Report on the working of the Ranchi Indian Mental Hospital, Kanke, in Bihar and Orissa - 1930-1940
Year: 1930
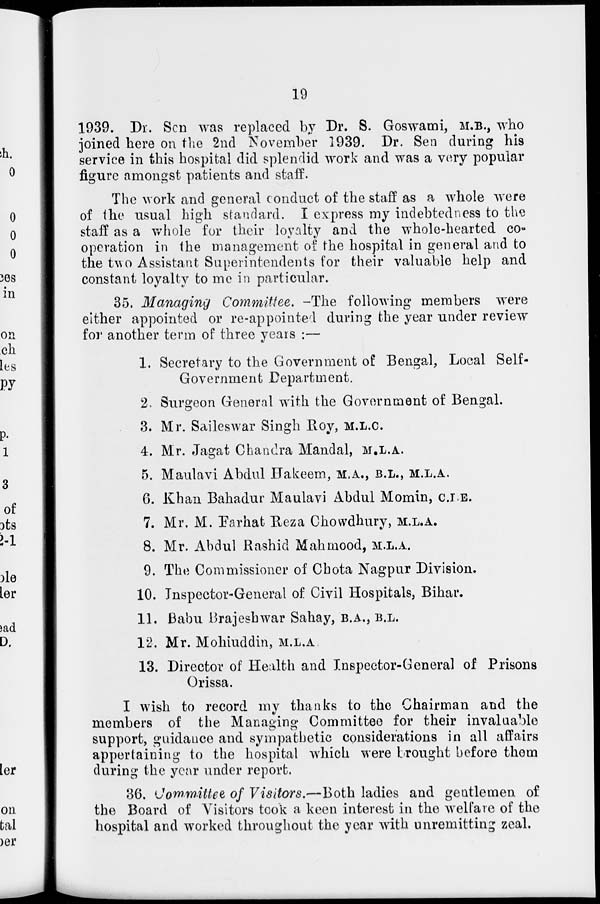
19
1939. Dr. Son was replaced by Dr. S. Goswami, M.B., who
joined here on the 2nd November 1939. Dr. Sen during his
service in this hospital did splendid work and was a very popular
figure amongst patients and staff.
The work and general conduct of the staff as a whole were
of the usual high standard. I express my indebtedness to the
staff as a whole for their loyalty and the whole-hearted co-
operation in the management of the hospital in general and to
the two Assistant Superintendents for their valuable help and
constant loyalty to me in particular.
35. Managing Committee. —The following members were
either appointed or re-appointed during the year under review
for another term of three years :—
1. Secretary to the Government of Bengal, Local Self-
Government Department.
2. Surgeon General with the Government of Bengal.
3. Mr. Saileswar Singh Roy, M.L.C.
4. Mr. Jagat Chandra Mandal, M.L.A.
5. Maulavi Abdul Hakeem, M.A., B.L., M.L.A.
6. Khan Bahadur Maulavi Abdul Momin, C.I.E.
7. Mr. M. Farhat Reza Chowdhury, M.L.A.
8. Mr. Abdul Rashid Mahmood, M.L.A.
9. The Commissioner of Chota Nagpur Division.
10. Inspector-General of Civil Hospitals, Bihar.
11. Babu Brajeshwar Sahay, B.A., B.L.
12. Mr. Mohiuddin, M.L.A.
13. Director of Health and Inspector-General of Prisons
Orissa.
I wish to record my thanks to the Chairman and the
members of the Managing Committee for their invaluable
support, guidance and sympathetic considerations in all affairs
appertaining to the hospital which were brought before them
during the year under report.
36. Committee of Visitors.—Both ladies and gentlemen of
the Board of Visitors took a keen interest in the welfare of the
hospital and worked throughout the year with unremitting zeal.